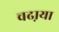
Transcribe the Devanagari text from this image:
चढा़या